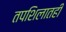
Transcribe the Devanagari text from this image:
तपशिलातही